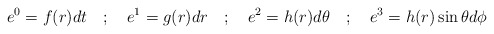
\begin{align*}e^{0} = f(r)dt \quad ; \quad e^{1} = g(r)dr \quad ; \quad e^{2} = h(r)d\theta \quad ; \quad e^{3} = h(r) \sin \theta d\phi\end{align*}